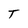
Character: T